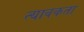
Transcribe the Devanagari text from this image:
त्यावकता